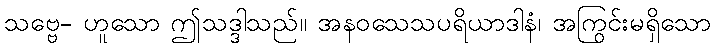
သဗ္ဗေ- ဟူသော ဤသဒ္ဒါသည်။ အနဝသေသပရိယာဒါနံ၊ အကြွင်းမရှိသော